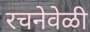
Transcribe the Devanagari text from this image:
रचनेवेळी